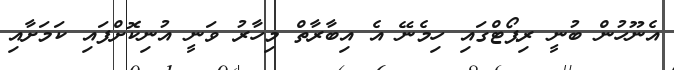
އެނޫހުން ބުނީ ރިޕޯޓްގައި ހިމެނޭ އެ އިބާރާތް މިހާރު ވަނީ އުނިކޮށްފައި ކަމަށާއި